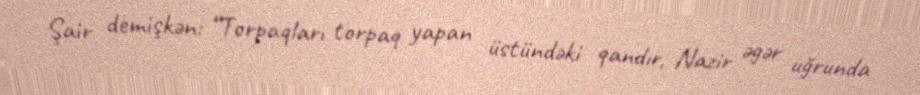
Şair demişkən: “Torpaqları torpaq yapan üstündəki qandır, Nazir əgər uğrunda